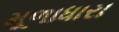
મૂળાધારા